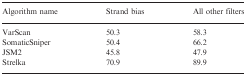
<table><thead><tr><td><b>Algorithm name</b></td><td><b>Strand bias</b></td><td><b>All other filters</b></td></tr></thead><tbody><tr><td>VarScan</td><td>50.3</td><td>58.3</td></tr><tr><td>SomaticSniper</td><td>50.4</td><td>66.2</td></tr><tr><td>JSM2</td><td>45.8</td><td>47.9</td></tr><tr><td>Strelka</td><td>70.9</td><td>89.9</td></tr></tbody></table>